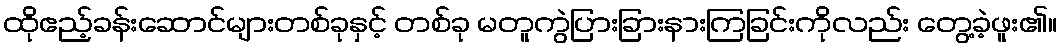
ထိုဧည့်ခန်းဆောင်များတစ်ခုနှင့် တစ်ခု မတူကွဲပြားခြားနားကြခြင်းကိုလည်း တွေ့ခဲ့ဖူး၏။